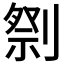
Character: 𱐢